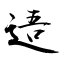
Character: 逜